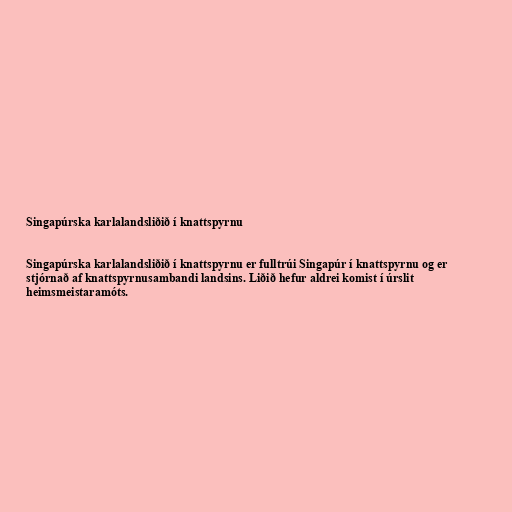
Singapúrska karlalandsliðið í knattspyrnu

Singapúrska karlalandsliðið í knattspyrnu er fulltrúi Singapúr í knattspyrnu og er
stjórnað af knattspyrnusambandi landsins. Liðið hefur aldrei komist í úrslit
heimsmeistaramóts.